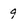
Character: 9